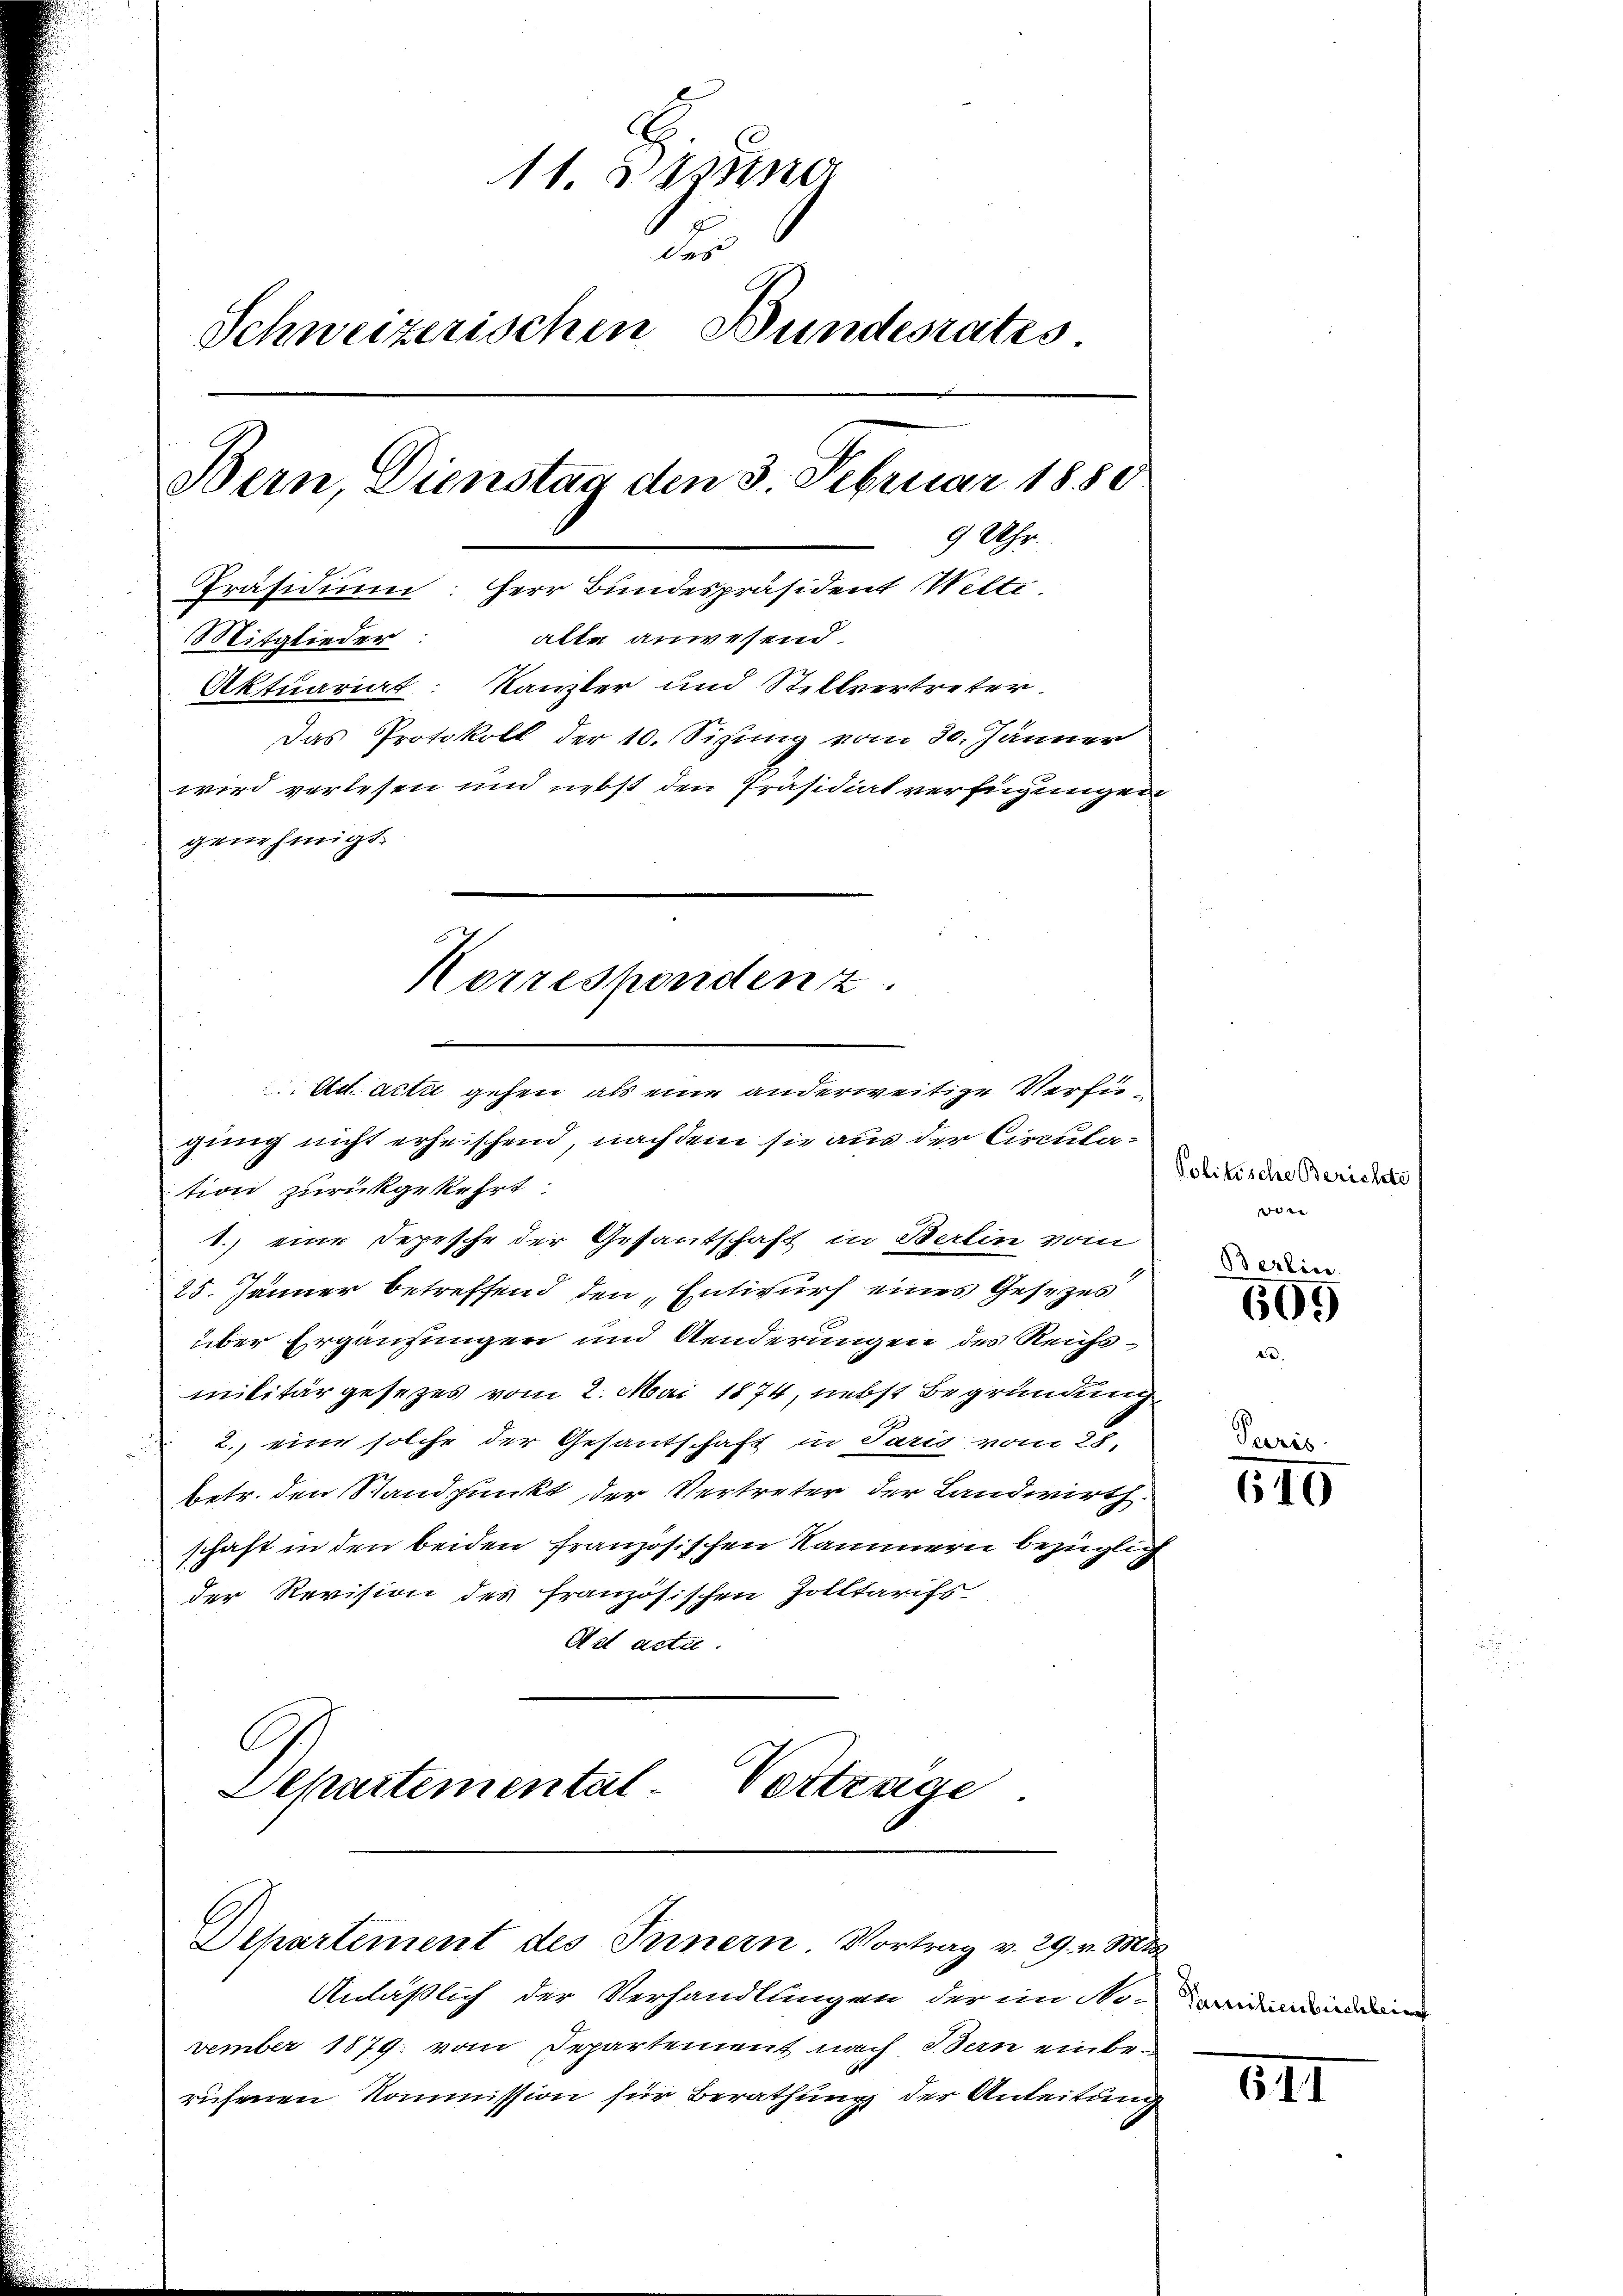
11. d. sind
der
Schweizerischen Bundesrates.
Bern, Dienstag den 3. Februar 1880
9 Uhr.
Präsidium: Herr Bundespräsident Welti
alte anwesend.
Mitglieder
Aktuariat: Kanzler und Stellvertreter.
Das Protokoll der 10. Sizung vom 30. Jänner
wird verlesen und nebst den Präsidiat verfügungen
genehmigt.

Ad acta gehen, als eine anderweitige Verfü¬

Korrespondenz.

gung nicht erheischend, nachdem sie aus der Circulation zurückgekehrt.
1.) eine Depesche der Gesantschaft in Berlin vom
25. Jänner betreffend den „Entwurf eines Gesezes
über Ergänzungen und Aenderungen des Reichsmilitärgesezes vom 2. Mai 1874, nebst Begründung
2. eine solche der Gesantschaft in Paris vom 25.
betr. den Standpunkt der Vertreter der Landwirth
schaft in den beiden französischen Kammern bezüglich
der Revision des französischen Zolltarifs
Ast acte.
A
Separtemental-Vertrage

Departement des Innern. Vortrag v. 29. v. Mts.

Anläßlich der Verhandlungen der im No-
vember 1879 vom Departement nach Bern einberüsenen Kommission für Berathung der Anleitung

Politische Berichte
 |

Berlies
609

Paris.
610

Pamilienbichlein

5II